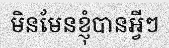
មិនមែនខ្ញុំបានអ្វីៗ